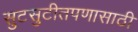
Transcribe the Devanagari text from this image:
सुटसुटीतपणासाठी